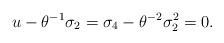
LaTeX: \begin{align*}u-\theta^{-1}\sigma_2=\sigma_4-\theta^{-2}\sigma_2^2=0.\end{align*}